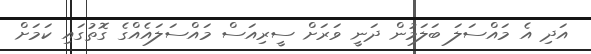
އަދި އެ މައްސަލަ ބަލަމުން ދަނީ ވަރަށް ސީރިއަސް މައްސަލައެއްގެ ގޮތުގައި ކަމަށް